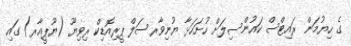
ގެ ހިޔުމަން ރައިޓްސް ކައުންސިލަށް ހުށަހަޅާ ޔުނިވާރސަލް ޕީރިއޮޑިކް ރިވިޔޫ (ޔޫޕީއާރ) ގައި